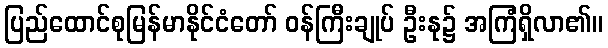
ပြည်ထောင်စုမြန်မာနိုင်ငံတော် ဝန်ကြီးချုပ် ဦးနု၌ အကြံရှိလာ၏။